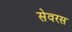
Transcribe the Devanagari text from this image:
सेवरस